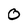
Character: 0